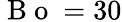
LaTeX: \mathrm{~B~o~}=30